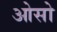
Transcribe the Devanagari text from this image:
ओसो